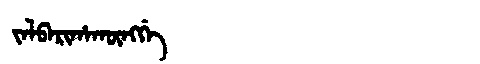
Manchu: ᠵᠠᠯᠪᠠᡵᡳᡥᠠᡴᡡᠩᡤᡝ
Romanization: JALBARIHAKŪNGGE